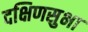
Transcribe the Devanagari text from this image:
दक्षिणसुभा